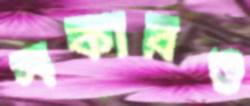
সকারও